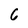
Character: 6